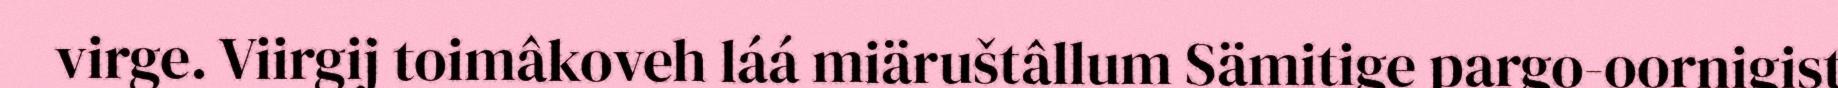
virge. Viirgij toimâkoveh láá miäruštâllum Sämitige pargo-oornigist